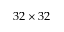
3 2 \times 3 2